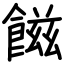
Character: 𩝐